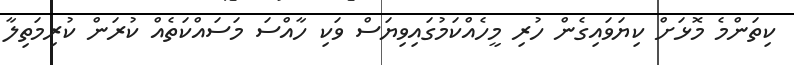
ކިތަންމެ މޮޅަށް ކިޔަވައިގެން ހުރި މީހެއްކަމުގައިވިޔަސް ވަކި ހާއްސަ މަސައްކަތެއް ކުރަން ކުރިމަތިލާ